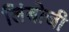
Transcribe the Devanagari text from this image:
लिंबोजी